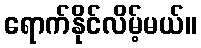
ရောက်နိုင်လိမ့်မယ်။